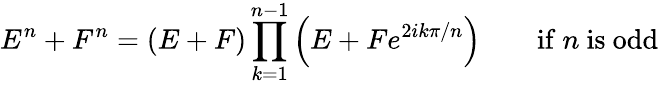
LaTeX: E^{n}+F^{n}=(E+F)\prod_{k=1}^{n-1}\left(E+Fe^{2ik\pi/n}\right)\qquad{\mathrm{if~}}n{\mathrm{~is~odd}}